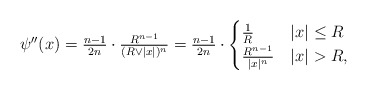
\begin{align*} \psi''(x)= \textstyle \frac{n-1}{2n}\cdot\frac{R^{n-1}}{(R\vee|x|)^n} = \frac{n-1}{2n}\cdot \begin{cases} \frac{1}{R} & |x|\leq R \\ \frac{R^{n-1}}{|x|^n} & |x|>R, \end{cases}\end{align*}